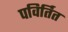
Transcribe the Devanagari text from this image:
पविर्तित